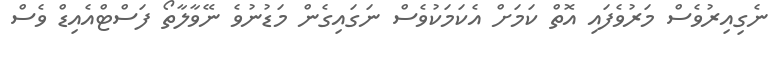
ނެގިއިރުވެސް މަރުވެފައި އޮތް ކަމަށް އެކަމަކުވެސް ނަގައިގެން މަޑުނުވެ ނޭވާލާތޯ ފަސްޓްއެއިޑް ވެސް